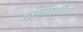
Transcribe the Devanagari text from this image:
दमनातील